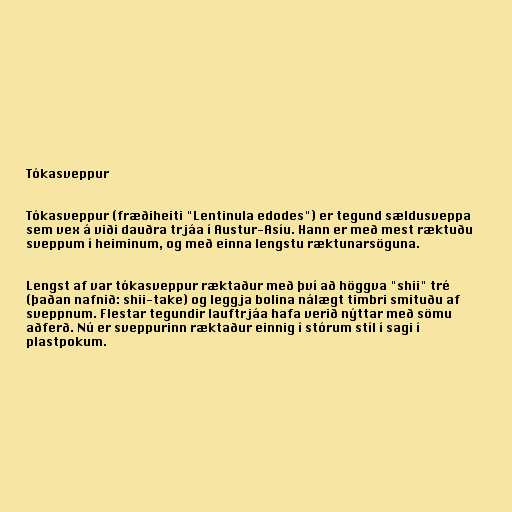
Tókasveppur

Tókasveppur (fræðiheiti "Lentinula edodes") er tegund sældusveppa
sem vex á viði dauðra trjáa í Austur-Asíu. Hann er með mest ræktuðu
sveppum í heiminum, og með einna lengstu ræktunarsöguna.

Lengst af var tókasveppur ræktaður með því að höggva "shii" tré
(þaðan nafnið: shii-take) og leggja bolina nálægt timbri smituðu af
sveppnum. Flestar tegundir lauftrjáa hafa verið nýttar með sömu
aðferð. Nú er sveppurinn ræktaður einnig í stórum stíl í sagi í
plastpokum.